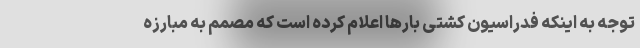
توجه به اینکه فدراسیون کشتی بارها اعلام کرده است که مصمم به مبارزه